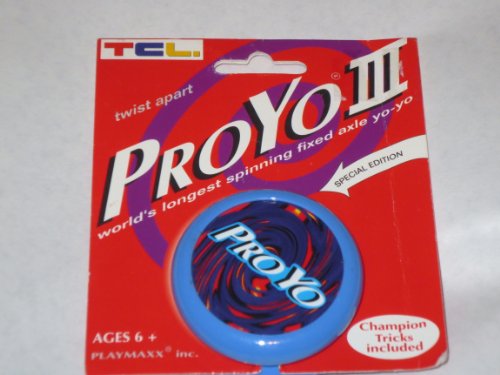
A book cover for BLUE ProYo III ... World's Longest Spinning Fixed Axle Yo-Yo -- Champion Tricks Included ... Ages 6+; Playmaxx; Crafts, Hobbies & Home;